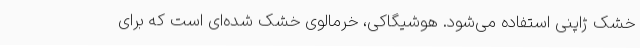
خشک ژاپنی استفاده می‌شود. هوشیگاکی، خرمالوی خشک شده‌ای است که برای